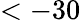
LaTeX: <-30